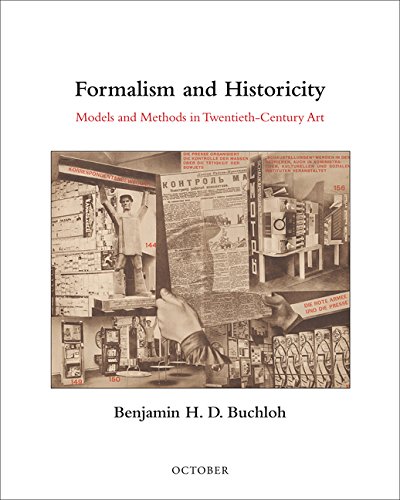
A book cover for Formalism and Historicity: Models and Methods in Twentieth-Century Art (October Books); Benjamin H. D. Buchloh; Gay & Lesbian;